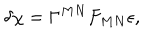
\delta \chi = \Gamma ^ { M N } F _ { M N } \epsilon ,